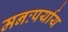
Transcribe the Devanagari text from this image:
मनःपर्याय